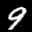
Label: 9